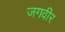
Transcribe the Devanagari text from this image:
जगवीर